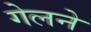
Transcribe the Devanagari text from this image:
गेलने